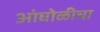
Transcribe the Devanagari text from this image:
आंघोळीचा